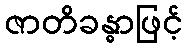
ဇာတိခန္ဓာဖြင့်